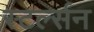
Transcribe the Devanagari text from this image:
स्टर्ल्सन